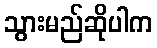
သွားမည်ဆိုပါက